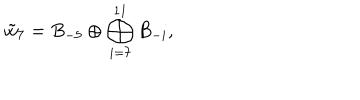
\tilde { w } _ { 7 } = B _ { - 5 } \oplus \bigoplus _ { i = 7 } ^ { 1 1 } B _ { - i } ,